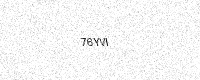
Text: 76YVI